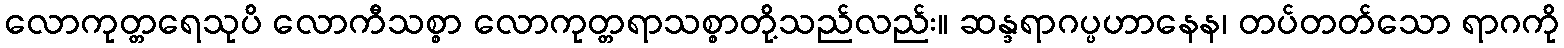
လောကုတ္တရေသုပိ လောကီသစ္စာ လောကုတ္တရာသစ္စာတို့သည်လည်း။ ဆန္ဒရာဂပ္ပဟာနေန၊ တပ်တတ်သော ရာဂကို